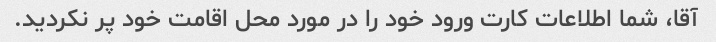
آقا، شما اطلاعات کارت ورود خود را در مورد محل اقامت خود پر نکردید.